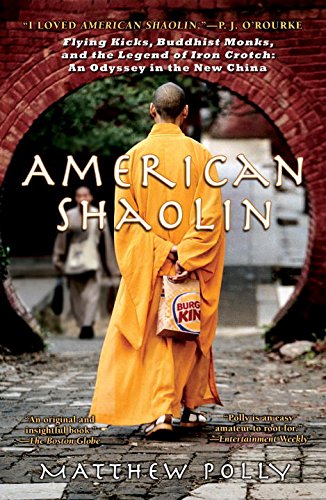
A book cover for American Shaolin: Flying Kicks, Buddhist Monks, and the Legend of Iron Crotch: An Odyssey in the New China; Matthew Polly; Biographies & Memoirs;